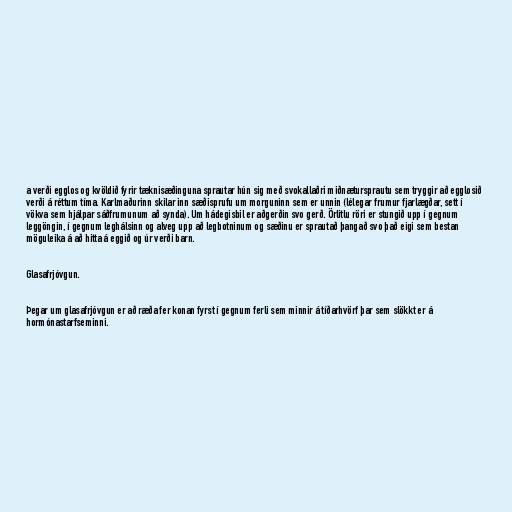
a verði egglos og kvöldið fyrir tæknisæðinguna sprautar hún sig með svokallaðri miðnætursprautu sem tryggir að egglosið
verði á réttum tíma. Karlmaðurinn skilar inn sæðisprufu um morguninn sem er unnin (lélegar frumur fjarlægðar, sett í
vökva sem hjálpar sáðfrumunum að synda). Um hádegisbil er aðgerðin svo gerð. Örlitlu röri er stungið upp í gegnum
leggöngin, í gegnum leghálsinn og alveg upp að legbotninum og sæðinu er sprautað þangað svo það eigi sem bestan
möguleika á að hitta á eggið og úr verði barn.

Glasafrjóvgun.

Þegar um glasafrjóvgun er að ræða fer konan fyrst í gegnum ferli sem minnir á tíðarhvörf þar sem slökkt er á
hormónastarfseminni.